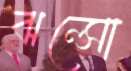
ঝল্‌সো